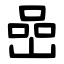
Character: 喦